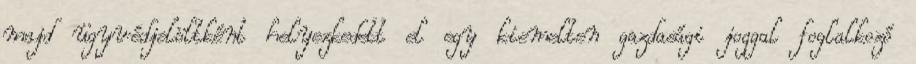
majd ügyvédjelöltként helyezkedett el egy kiemelten gazdasági joggal foglalkozó